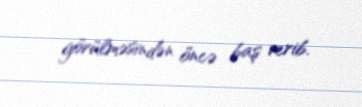
görülməsindən öncə baş verib.